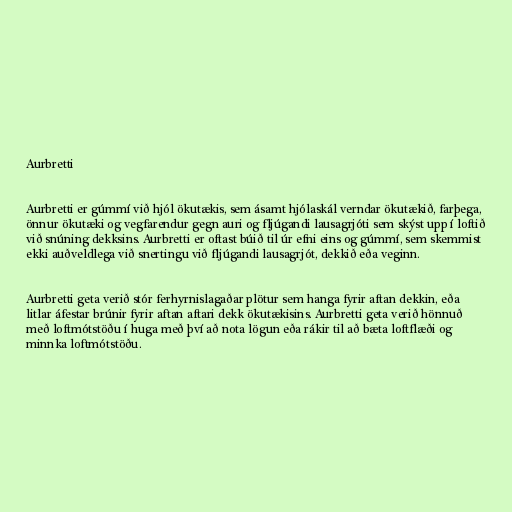
Aurbretti

Aurbretti er gúmmí við hjól ökutækis, sem ásamt hjólaskál verndar ökutækið, farþega,
önnur ökutæki og vegfarendur gegn auri og fljúgandi lausagrjóti sem skýst upp í loftið
við snúning dekksins. Aurbretti er oftast búið til úr efni eins og gúmmí, sem skemmist
ekki auðveldlega við snertingu við fljúgandi lausagrjót, dekkið eða veginn.

Aurbretti geta verið stór ferhyrnislagaðar plötur sem hanga fyrir aftan dekkin, eða
litlar áfestar brúnir fyrir aftan aftari dekk ökutækisins. Aurbretti geta verið hönnuð
með loftmótstöðu í huga með því að nota lögun eða rákir til að bæta loftflæði og
minnka loftmótstöðu.